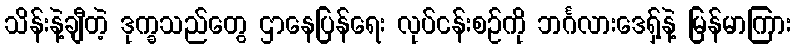
သိန်းနဲ့ချီတဲ့ ဒုက္ခသည်တွေ ဌာနေပြန်ရေး လုပ်ငန်းစဉ်ကို ဘင်္ဂလားဒေရှ့်နဲ့ မြန်မာကြား